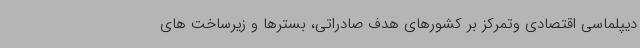
دیپلماسی اقتصادی وتمرکز بر کشورهای هدف صادراتی، بسترها و زیرساخت های